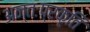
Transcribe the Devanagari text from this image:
अन्तःप्रकृति